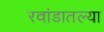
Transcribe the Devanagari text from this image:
रवांडातल्‍या